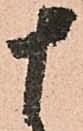
十